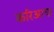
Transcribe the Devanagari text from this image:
करिअरचा